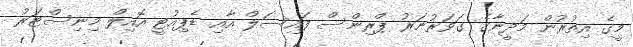
މީގެ އިތުރުން މަދީނާގެ ގަވަރުނަރު ޕްރިންސް ފައިސަލް އާއި ޑެޕިއުޓީ އޮއިލް މިނިސްޓަރު